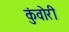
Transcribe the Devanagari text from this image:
कुंवोरी